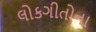
લોકગીતોના